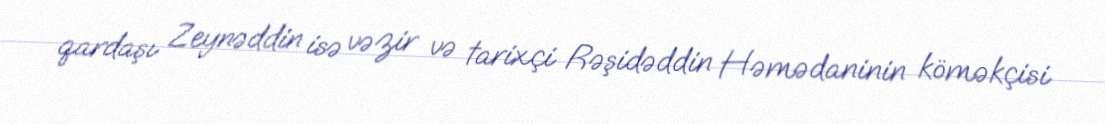
qardaşı Zeynəddin isə vəzir və tarixçi Rəşidəddin Həmədaninin köməkçisi